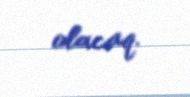
olacaq.